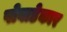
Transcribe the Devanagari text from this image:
पोवाडेकार